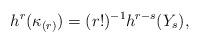
LaTeX: \begin{align*}h^r(\kappa_{(r)}) = (r!)^{-1} h^{r-s} (Y_s),\end{align*}